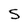
Character: 5